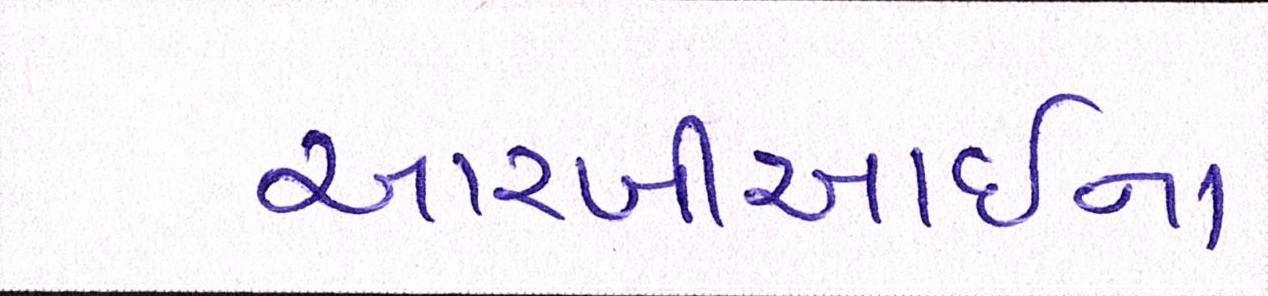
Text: આરબીઆઇના